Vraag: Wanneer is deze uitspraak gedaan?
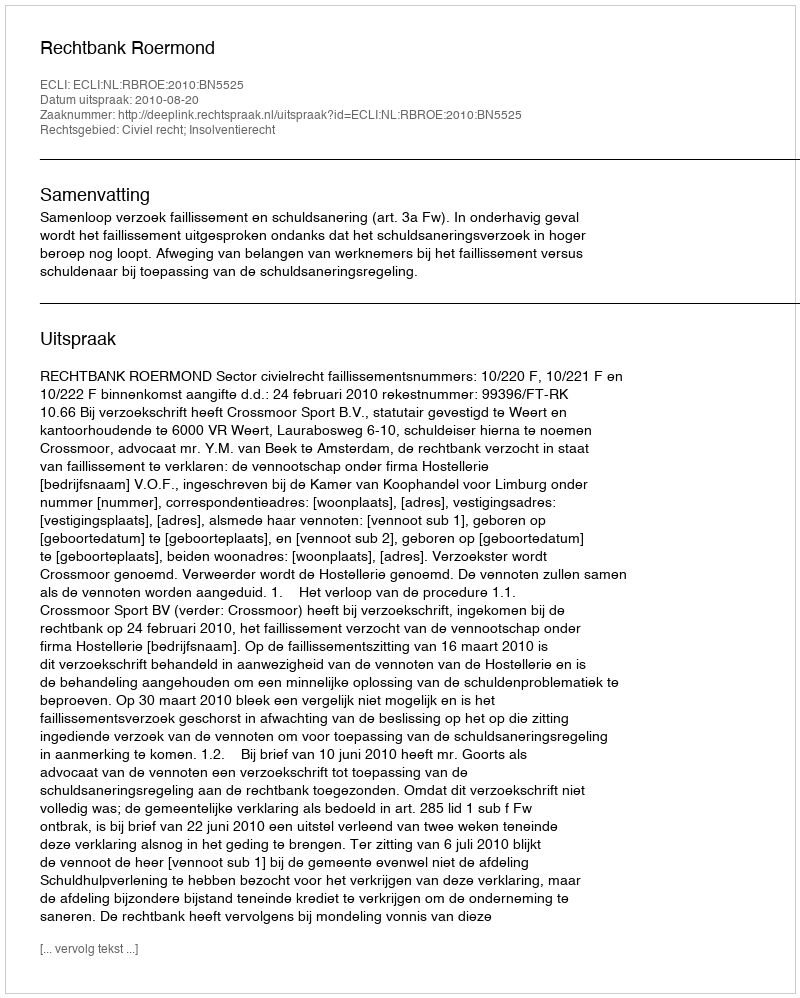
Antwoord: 2010-08-20